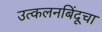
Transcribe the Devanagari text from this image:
उत्कलनबिंदूचा